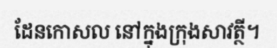
ដែនកោសល នៅក្នុងក្រុងសាវត្ថី។